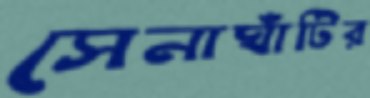
সেনাঘাঁটির